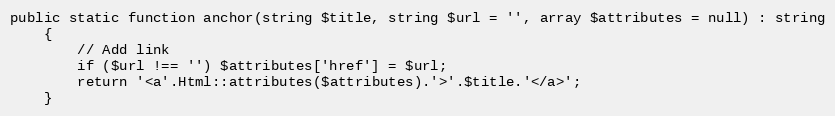
Language: PHP
public static function anchor(string $title, string $url = '', array $attributes = null) : string
    {
        // Add link
        if ($url !== '') $attributes['href'] = $url;
        return '<a'.Html::attributes($attributes).'>'.$title.'</a>';
    }